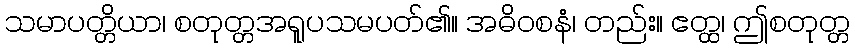
သမာပတ္တိယာ၊ စတုတ္တအရူပသမပတ်၏။ အဓိဝစနံ၊ တည်း။ ဧတ္ထ၊ ဤစတုတ္တ